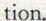
tion.